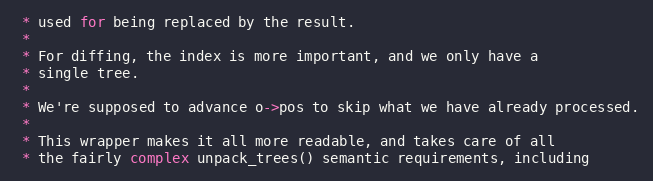
Language: C
 * used for being replaced by the result.
 *
 * For diffing, the index is more important, and we only have a
 * single tree.
 *
 * We're supposed to advance o->pos to skip what we have already processed.
 *
 * This wrapper makes it all more readable, and takes care of all
 * the fairly complex unpack_trees() semantic requirements, including